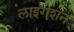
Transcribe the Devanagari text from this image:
लाइगेशन